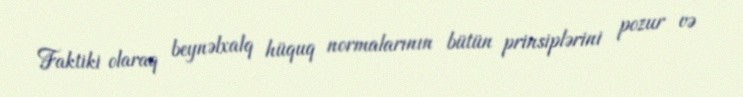
Faktiki olaraq beynəlxalq hüquq normalarının bütün prinsiplərini pozur və